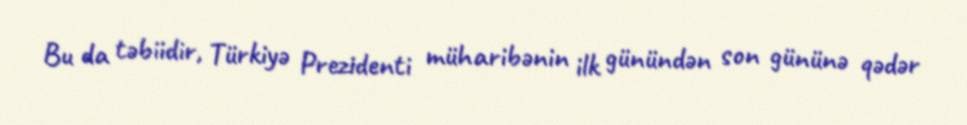
Bu da təbiidir, Türkiyə Prezidenti müharibənin ilk günündən son gününə qədər